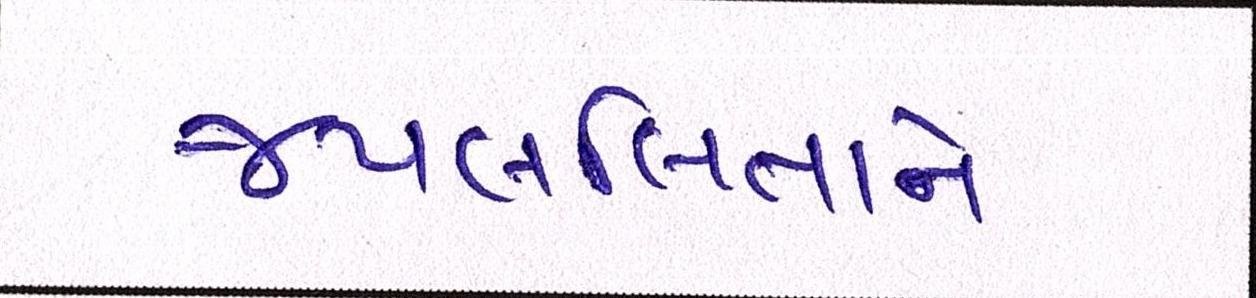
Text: જયલલિતાને